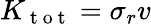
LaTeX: K_{\mathrm{~t~o~t~}}=\sigma_{r}v